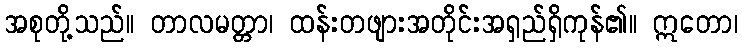
အစုတို့သည်။ တာလမတ္တာ၊ ထန်းတဖျားအတိုင်းအရှည်ရှိကုန်၏။ ဣတော၊